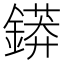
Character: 䥈